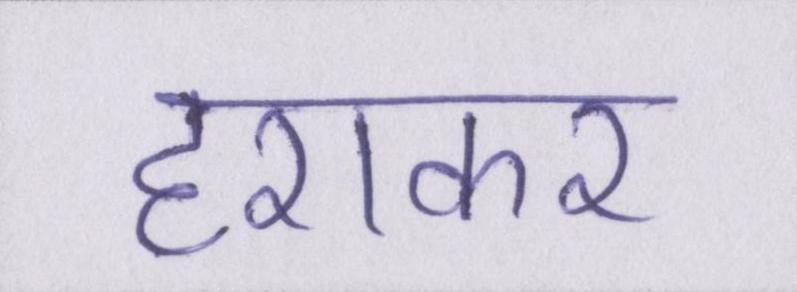
हराकर